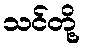
သင်တို့